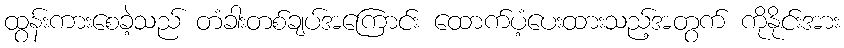
ထွန်းကားစေခဲ့သည် တံခါးတစ်ချပ်အကြောင်း ထောက်ပံ့ပေးထားသည့်အတွက် ကိုနိုင်းအား